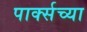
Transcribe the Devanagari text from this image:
पार्क्सच्या